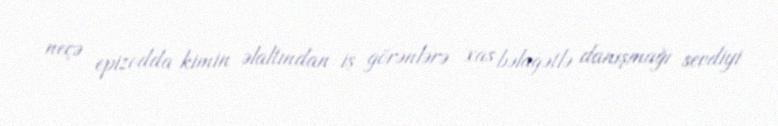
neçə epizodda kimin əlaltından iş görənlərə xas bəlağətlə danışmağı sevdiyi